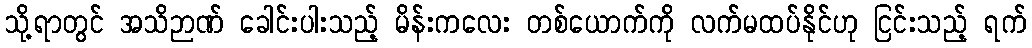
သို့ရာတွင် အသိဉာဏ် ခေါင်းပါးသည့် မိန်းကလေး တစ်ယောက်ကို လက်မထပ်နိုင်ဟု ငြင်းသည့် ရက်